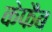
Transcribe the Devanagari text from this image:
केफैब